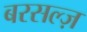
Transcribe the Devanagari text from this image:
बरसल्ज़